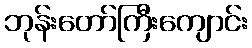
ဘုန်းတော်ကြီးကျောင်း